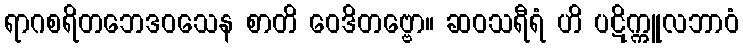
ရာဂစရိတဘေဒဝသေန စာတိ ဝေဒိတဗ္ဗော။ ဆဝသရီရံ ဟိ ပဋိက္ကူလဘာဝံ